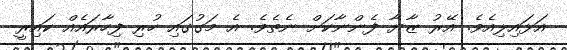
އަޅައިލިއެވެ. އޭރު ޒާޔާ ފެންނާކަށް ނެތެވެ. އެ މަގުގައި ހުރި ފިހާރައެއް ކައިރީ